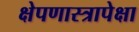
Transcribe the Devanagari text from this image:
क्षेपणास्त्रापेक्षा